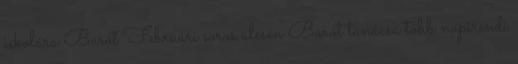
iskolára Barót Februári soros ülésén Barót tanácsa több napirendi